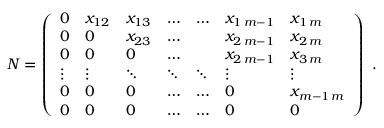
N = \left( \begin{array} { l l l l l l l } { 0 } & { x _ { 1 2 } } & { x _ { 1 3 } } & { \ldots } & { \ldots } & { x _ { 1 \, m - 1 } } & { x _ { 1 \, m } } \\ { 0 } & { 0 } & { x _ { 2 3 } } & { \ldots } & & { x _ { 2 \, m - 1 } } & { x _ { 2 \, m } } \\ { 0 } & { 0 } & { 0 } & { \ldots } & & { x _ { 2 \, m - 1 } } & { x _ { 3 \, m } } \\ { \vdots } & { \vdots } & { \ddots } & { \ddots } & { \ddots } & { \vdots } & { \vdots } \\ { 0 } & { 0 } & { 0 } & { \ldots } & { \ldots } & { 0 } & { x _ { m - 1 \, m } } \\ { 0 } & { 0 } & { 0 } & { \ldots } & { \ldots } & { 0 } & { 0 } \end{array} \right) \ .